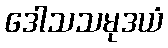
ဒေါသသမုဒယံ